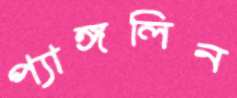
প্যাঙ্গলিন